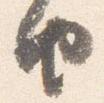
由